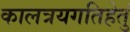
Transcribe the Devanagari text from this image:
कालत्रयगतिहेतुं